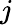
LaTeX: \textit{j}